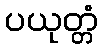
ပယုတ္တံ